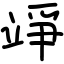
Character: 竫